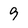
Character: 9